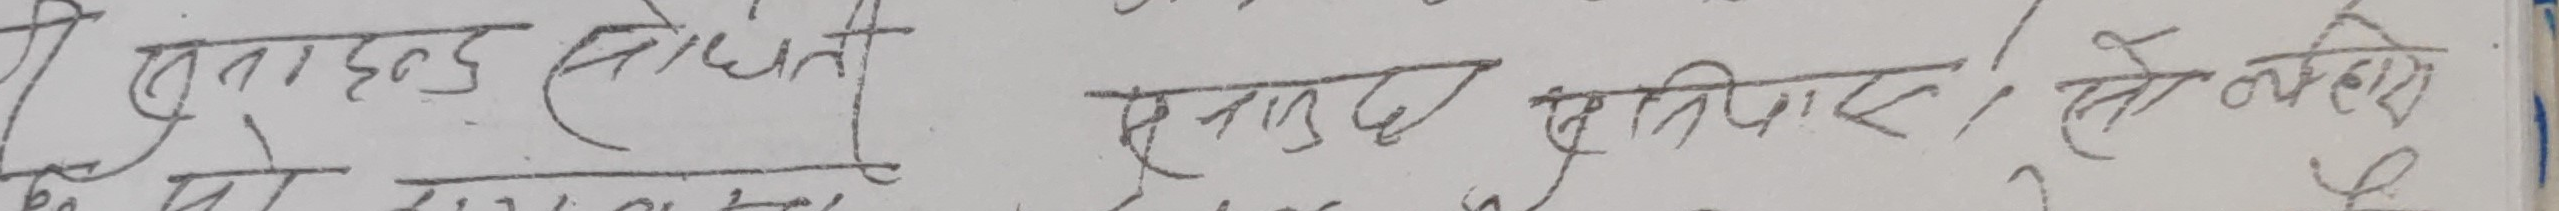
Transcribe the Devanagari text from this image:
पुनाहड तोचते सम्पन्न अधिकार । तो वक्ष